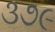
૩૭૯